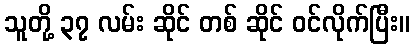
သူတို့ ၃၇ လမ်း ဆိုင် တစ် ဆိုင် ဝင်လိုက်ပြီး။